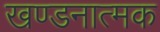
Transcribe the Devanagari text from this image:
खण्डनात्मक